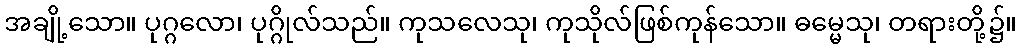
အချို့သော။ ပုဂ္ဂလော၊ ပုဂ္ဂိုလ်သည်။ ကုသလေသု၊ ကုသိုလ်ဖြစ်ကုန်သော။ ဓမ္မေသု၊ တရားတို့၌။